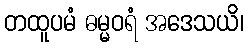
တထူပမံ ဓမ္မဝရံ အဒေသယိ၊